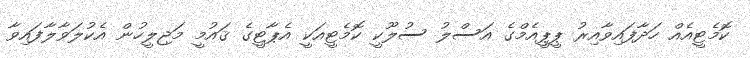
ކޮމެޓީއެއް ހަދާފައިވާއިރު ޕީޕީއެމްގެ އަސްލު ސުލޫކީ ކޮމެޓީއަކީ އެޕާޓީގެ ޤައުމީ މަޖިލީހުން އެކުލަވާލާފައިވާ